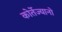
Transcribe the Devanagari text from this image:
कोर्तेज्यानो